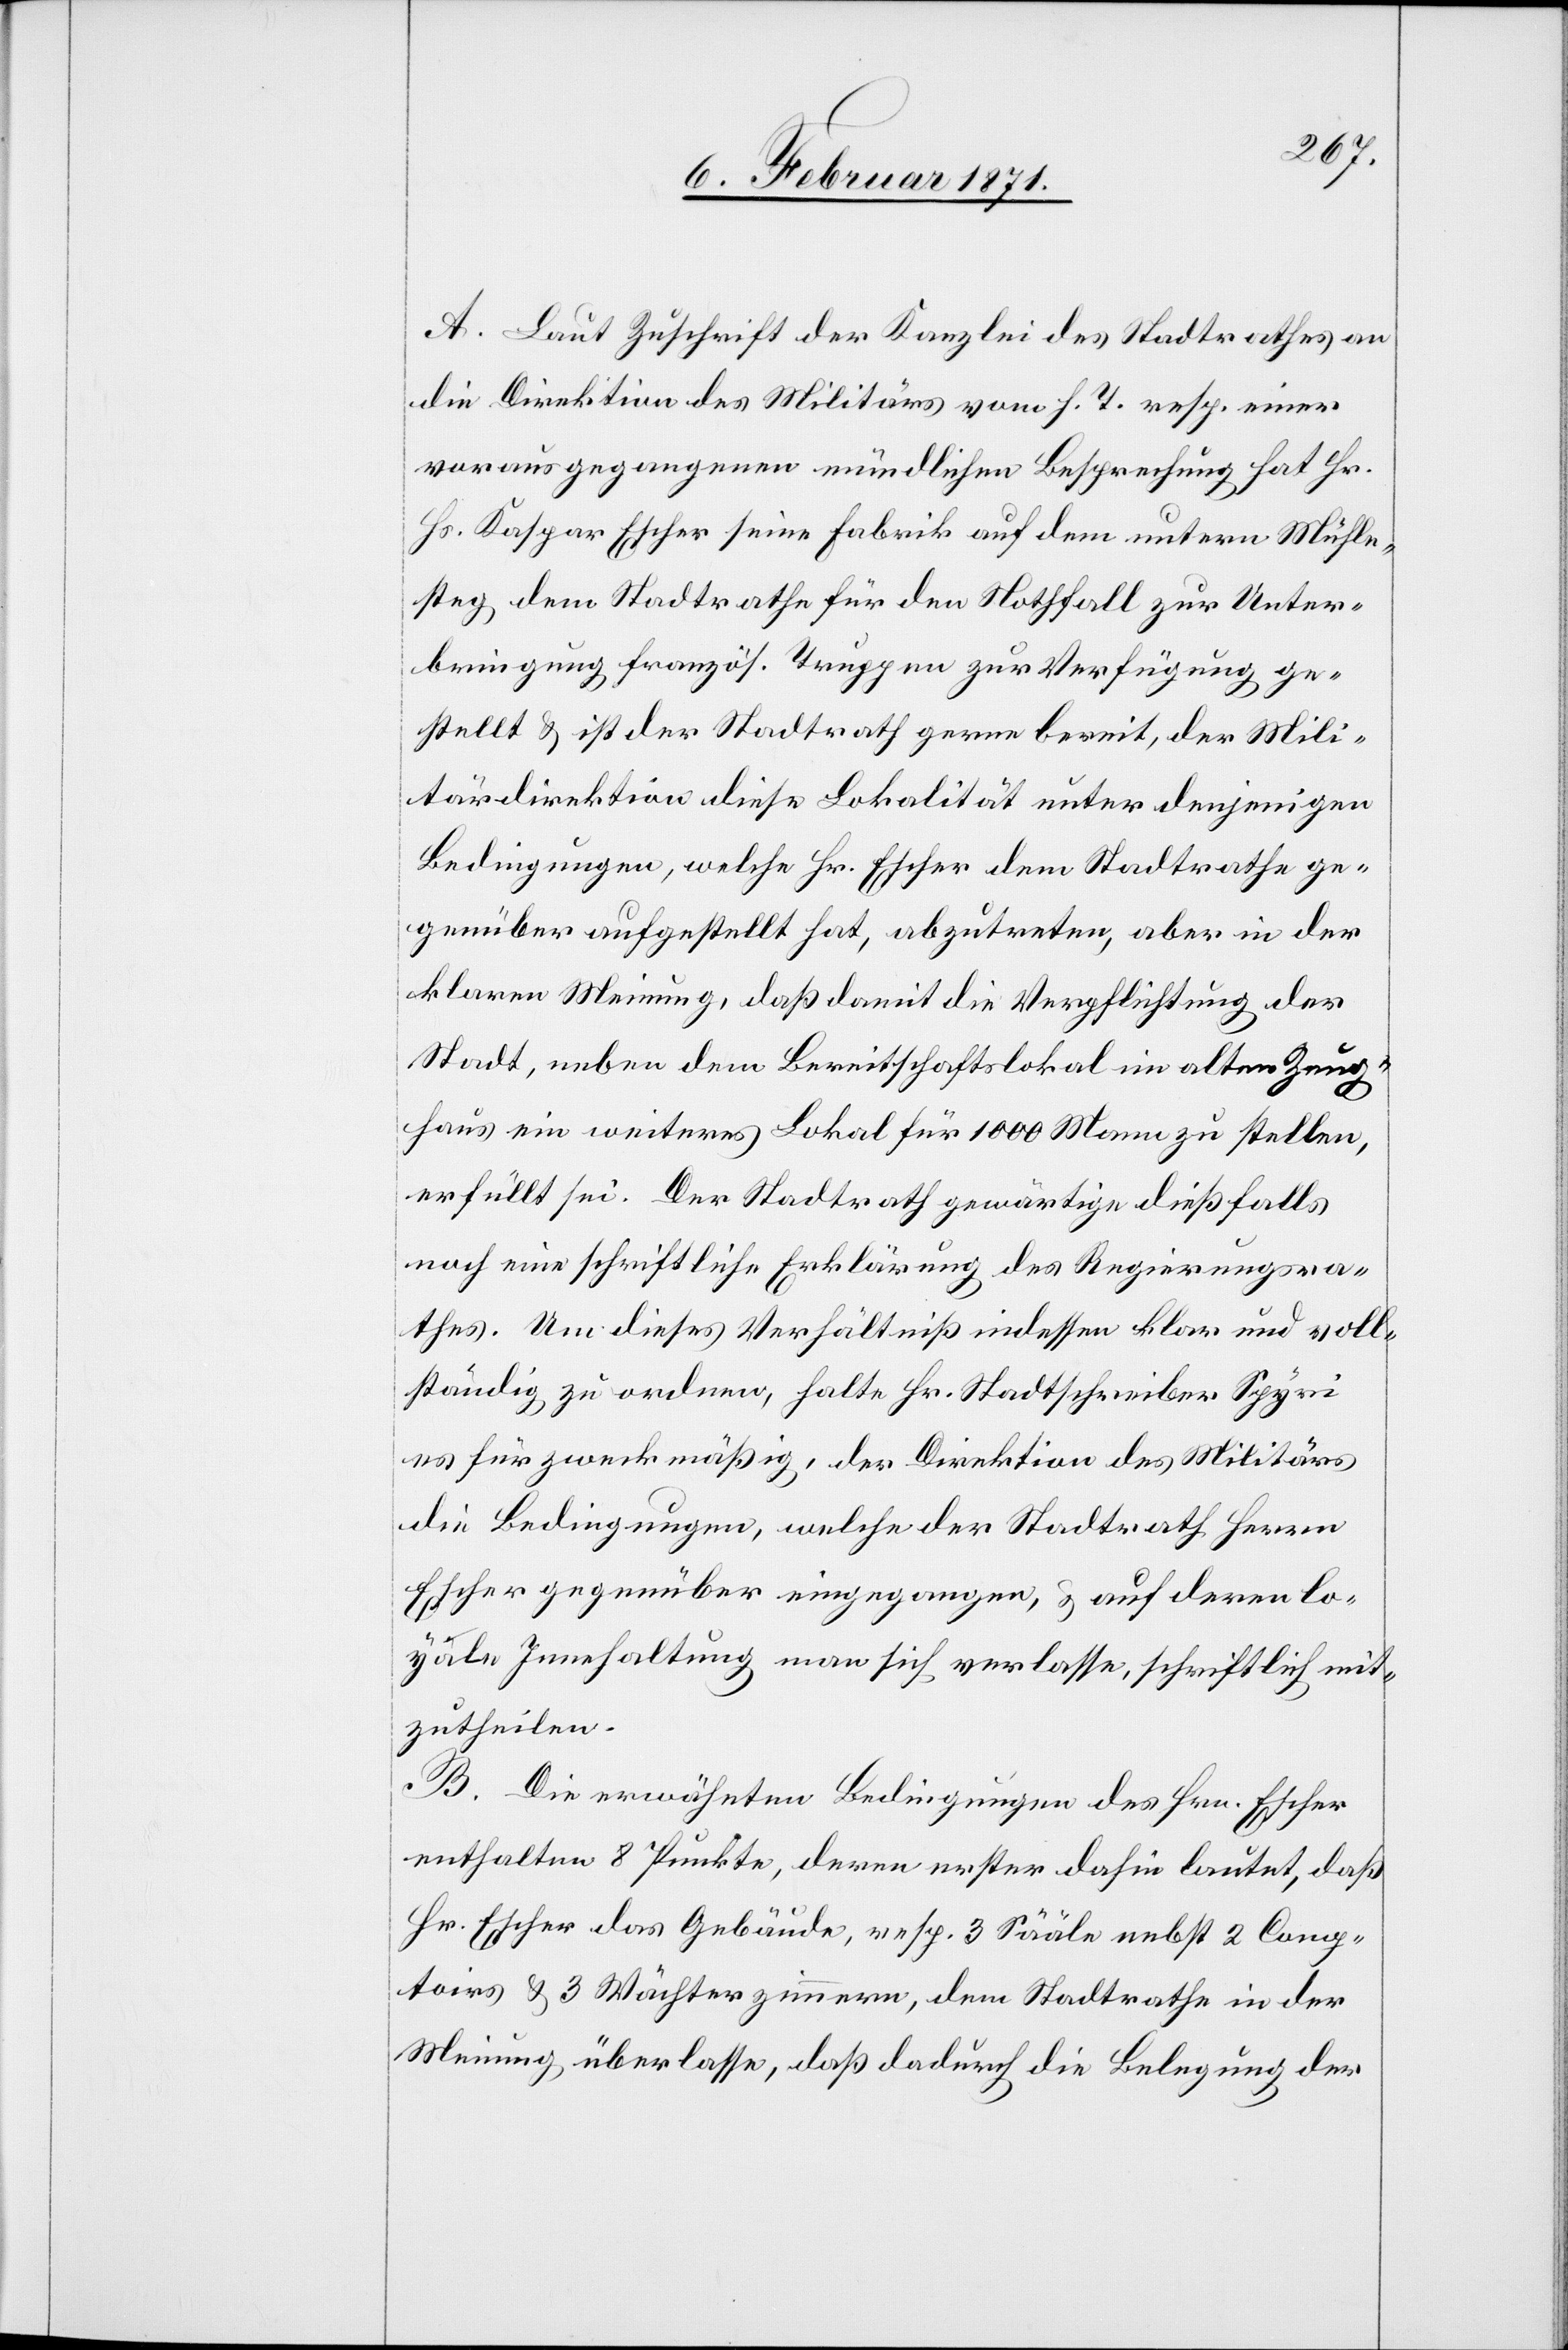
A. Laut Zuschrift der Kanzlei des Stadtrathes an
die Direktion des Militärs vom h. T. resp. einer
vorausgegangenen mündlichen Besprechung hat Hr.
Hs. Kaspar Escher seine Fabrik auf dem untern Mühle¬
steg dem Stadtrathe für den Nothfall zur Unter¬
bringung französ. Truppen zur Verfügung ge¬
stellt u. ist der Stadtrath gerne bereit, der Mili¬
tärdirektion diese Lokalität unter denjenigen
Bedingungen, welche Hr. Escher dem Stadtrathe ge¬
genüber aufgestellt hat, abzutreten, aber in der
klaren Meinung, daß damit die Verpflichtung der
Stadt, neben dem Bereitschaftslokal im alten Zeug¬
haus ein weiteres Lokal für 1000 Mann zu stellen,
erfüllt sei. Der Stadtrath gewärtige dießfalls
noch eine schriftliche Erklärung des Regierungsra¬
thes. Um dieses Verhältniß indessen klar und voll¬
ständig zu ordnen, halte Hr. Stadtschreiber Spyri
es für zweckmäßig, der Direktion des Militärs
die Bedingungen, welche der Stadtrath Herrn
Escher gegenüber eingegangen, u. auf deren lo¬
yale Innehaltung man sich verlasse, schriftlich mit¬
zutheilen.
B. Die erwähnten Bedingungen des Hrn. Escher
enthalten 8 Punkte, deren erster dahin lautet, daß
Hr. Escher das Gebäude, resp. 3 Sääle nebst 2 Conp¬
toirs [sic!] u. 3 Wächterzimmer, dem Stadtrathe in der
Meinung überlasse, daß dadurch die Belegung der